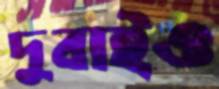
দুবাইও